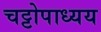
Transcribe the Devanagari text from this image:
चट्टोपाध्यय